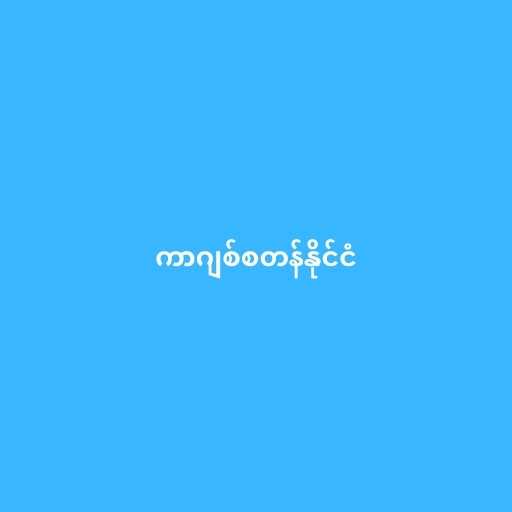
ကာဂျစ်စတန်နိုင်ငံ